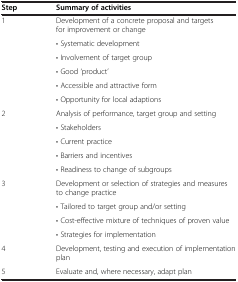
| Step | Summary of activities |
 | --- | --- |
 | <ROWSPAN=6> 1 | Development of a concrete proposal and targets for improvement or change |
 | • Systematic development |
 | • Involvement of target group |
 | • Good ‘product’ |
 | • Accessible and attractive form |
 | • Opportunity for local adaptions |
 | <ROWSPAN=5> 2 | Analysis of performance, target group and setting |
 | • Stakeholders |
 | • Current practice |
 | • Barriers and incentives |
 | • Readiness to change of subgroups |
 | <ROWSPAN=4> 3 | Development or selection of strategies and measures to change practice |
 | • Tailored to target group and/or setting |
 | • Cost-effective mixture of techniques of proven value |
 | • Strategies for implementation |
 | 4 | Development, testing and execution of implementation plan |
 | 5 | Evaluate and, where necessary, adapt plan |